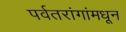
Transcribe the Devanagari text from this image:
पर्वतरांगांमधून